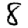
Digit: 8